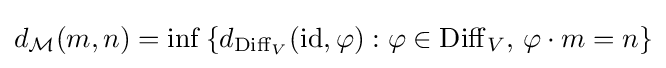
d_{\mathcal {M}}(m,n)=\inf \left\{d_{\operatorname {Diff} _{V}}({\rm {id}},\varphi ):\varphi \in \operatorname {Diff} _{V},\,\varphi \cdot m=n\right\}